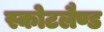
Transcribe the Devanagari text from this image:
स्कोटलैण्ड